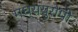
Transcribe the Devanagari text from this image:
मध्ययुरोपी